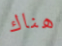
هناك